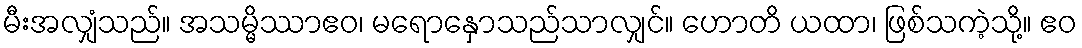
မီးအလျှံသည်။ အသမ္မိဿာဧဝ၊ မရောနှောသည်သာလျှင်။ ဟောတိ ယထာ၊ ဖြစ်သကဲ့သို့။ ဧဝ